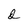
Character: d